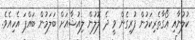
ކުލުނާއި އޯގާތެރިކަމުން ފުރިގެން ވީ ދެ ލޮލުން ލިއުޝާއަށް ބަލަމުން ބައްޕަ އެހިއެވެ.